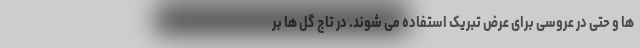
ها و حتی در عروسی برای عرض تبریک استفاده می شوند. در تاج گل ها بر